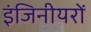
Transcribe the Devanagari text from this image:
इंजिनीयरों